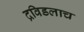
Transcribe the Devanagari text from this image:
द्रविडलाच